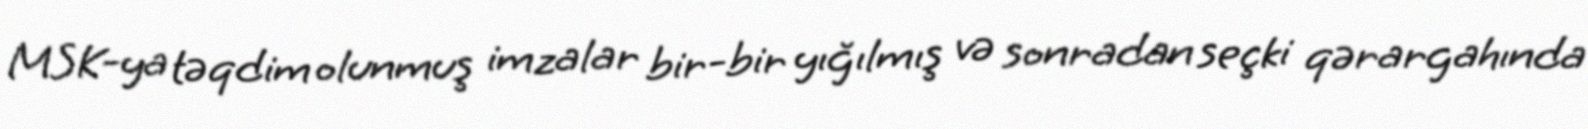
MSK-ya təqdim olunmuş imzalar bir-bir yığılmış və sonradan seçki qərargahında